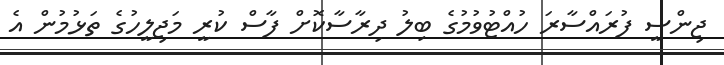
ޖިންސީ ފުރައްސާރަ ހުއްޓުވުމުގެ ބިލު ދިރާސާކޮށް ފާސް ކުރީ މަޖިލީހުގެ ތަޅުމުން އެ